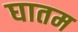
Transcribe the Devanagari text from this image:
घातम